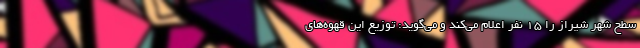
سطح شهر شیراز را 15 نفر اعلام می‌کند و می‌گوید: توزیع این قهوه‌های